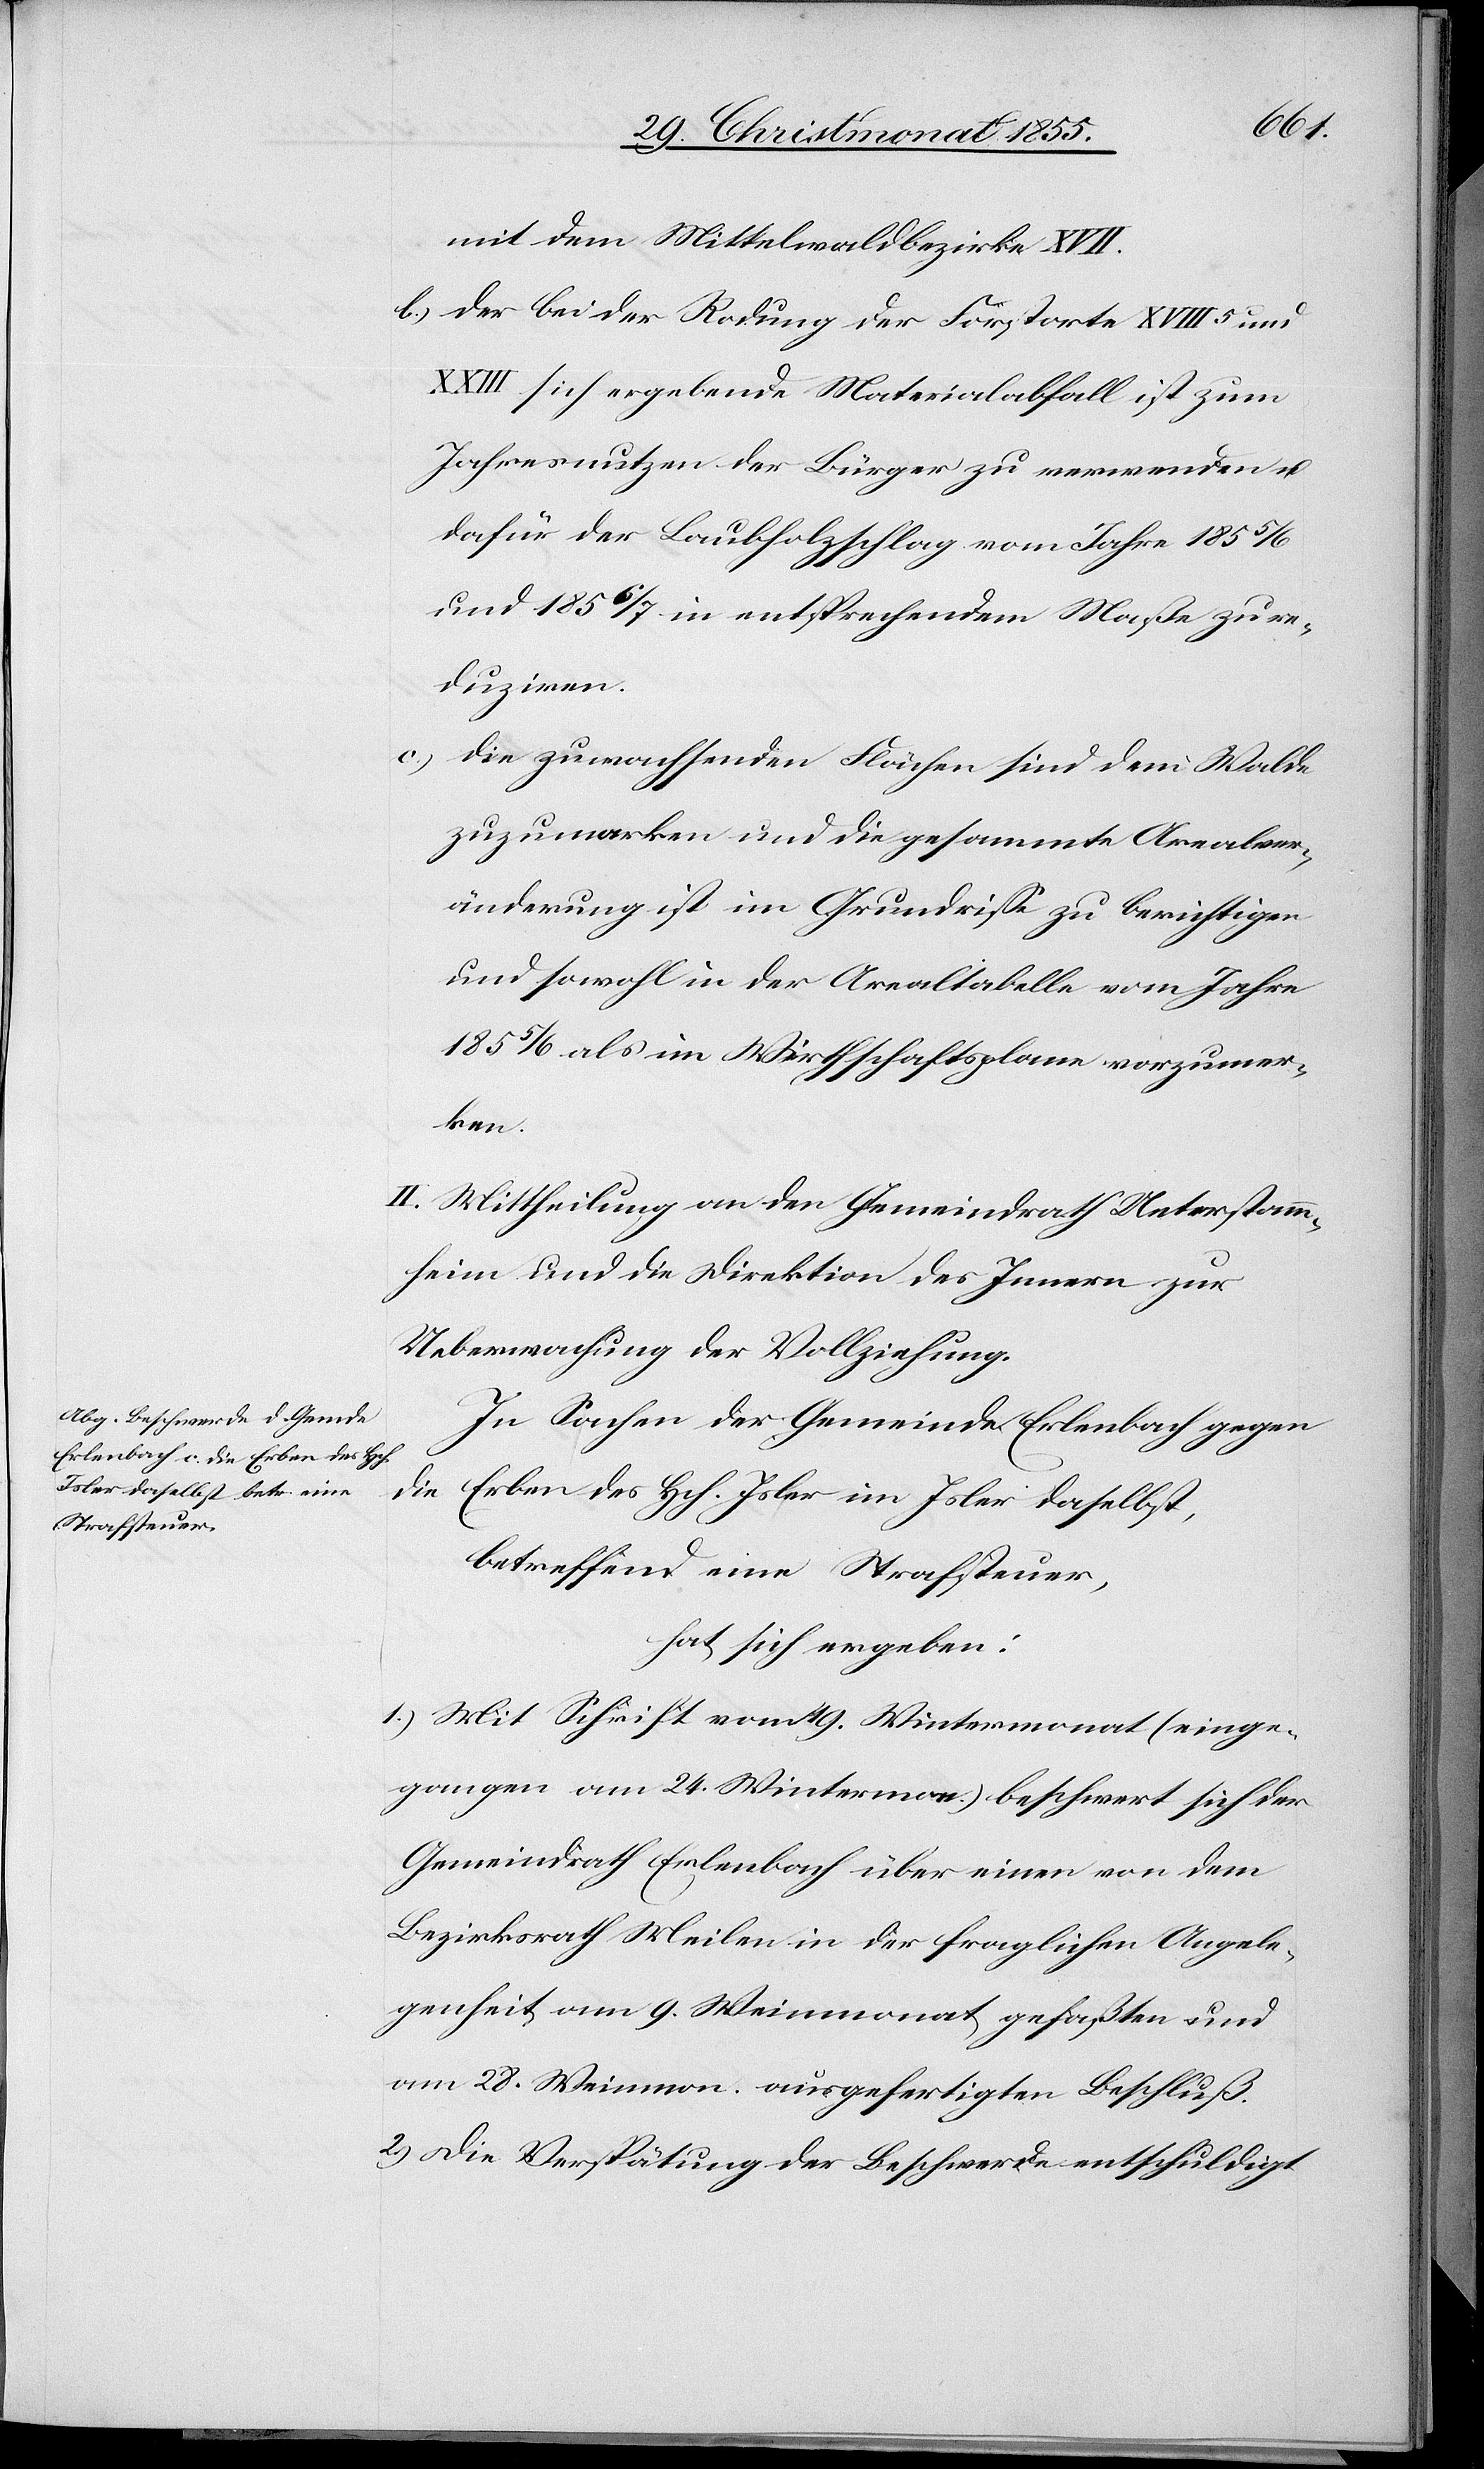
mit dem Mittelwaldbezirke XVII.
Der bei der Rodung der Forstorte XVIII5 und
sich ergebende Materialabfall ist zum
Jahresnutzen der Bürger zu verwenden u.
dafür der Laubholzschlag vom Jahre 1855/6
und 1856/7 in entsprechendem Maße zu re¬
duziren.
Die zuwachsenden Flächen sind dem Walde
zuzumarken und die gesammte Arealver¬
änderung ist im Grundrisse zu berichtigen
und sowohl in der Arealtabelle vom Jahre
1855/6 als im Wirthschaftsplane vorzumer¬
ken.
II. Mittheilung an den Gemeindrath Unterstamm¬
heim und die Direktion des Innern zur
Ueberwachung der Vollziehung.
In Sachen der Gemeinde Erlenbach gegen
die
Erben des Hch. Isler im Isler daselbst,
betreffend eine Strafsteuer,
hat sich ergeben:
1.) Mit Schrift vom 19. Wintermonat (einge¬
gangen am 24. Wintermon.) beschwert sich der
Gemeindrath Erlenbach über einen von dem
Bezirksrath Meilen in der fraglichen Angele¬
genheit am 9. Weinmonat gefaßten und
am 28. Weinmon. ausgefertigten Beschluß.
2.) Die Verspätung der Beschwerde entschuldigt